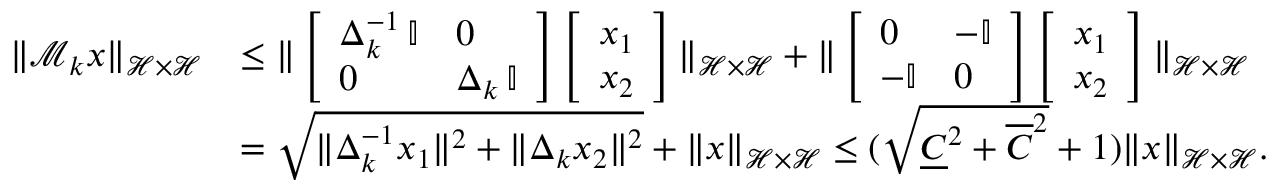
\begin{array} { r l } { \Vert \mathcal M _ { k } x \Vert _ { \mathcal H \times \mathcal H } } & { \leq \Vert \left[ \begin{array} { l l } { \Delta _ { k } ^ { - 1 } \, \mathbb I } & { 0 } \\ { 0 } & { \Delta _ { k } \, \mathbb I } \end{array} \right] \left[ \begin{array} { l } { x _ { 1 } } \\ { x _ { 2 } } \end{array} \right] \Vert _ { \mathcal H \times \mathcal H } + \Vert \left[ \begin{array} { l l } { 0 } & { - \mathbb I } \\ { - \mathbb I } & { 0 } \end{array} \right] \left[ \begin{array} { l } { x _ { 1 } } \\ { x _ { 2 } } \end{array} \right] \Vert _ { \mathcal H \times \mathcal H } } \\ & { = \sqrt { \Vert \Delta _ { k } ^ { - 1 } x _ { 1 } \Vert ^ { 2 } + \Vert \Delta _ { k } x _ { 2 } \Vert ^ { 2 } } + \Vert x \Vert _ { \mathcal H \times \mathcal H } \leq ( \sqrt { \underline { { C } } ^ { 2 } + \overline { { C } } ^ { 2 } } + 1 ) \Vert x \Vert _ { \mathcal H \times \mathcal H } . } \end{array}